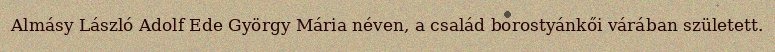
Almásy László Adolf Ede György Mária néven, a család borostyánkői várában született.